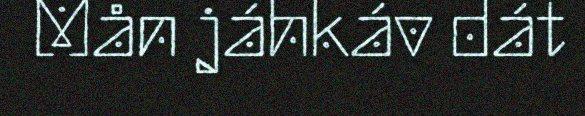
Mån jáhkáv dát